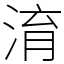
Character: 淯